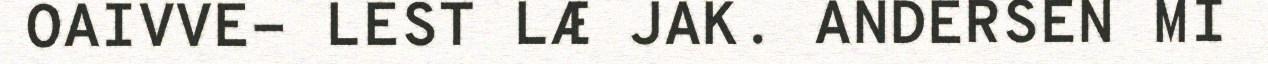
OAIVVE- LEST LÆ JAK. ANDERSEN MI